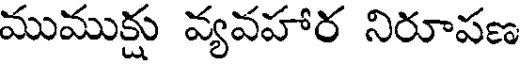
ముముక్షు వ్యవహార నిరూపణ